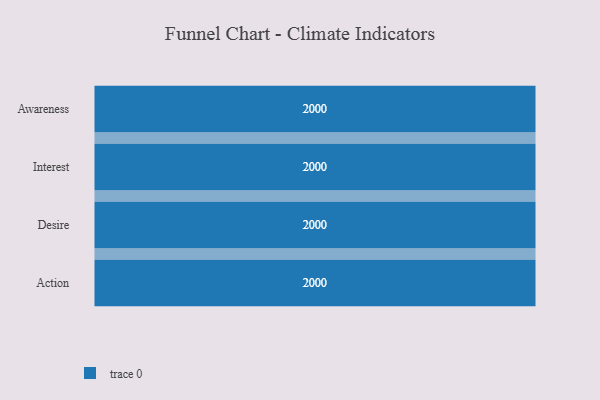
{"axis": {"x": "Stage", "y": "Value"}, "legend": [""], "data": [{"x": "Awareness", "y": 2000, "type": ""}, {"x": "Interest", "y": 2000, "type": ""}, {"x": "Desire", "y": 2000, "type": ""}, {"x": "Action", "y": 2000, "type": ""}]}